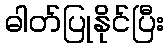
ဓါတ်ပြုနိုင်ပြီး